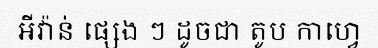
អីវ៉ាន់ ផ្សេង ៗ ដូចជា តូប កាហ្វេ